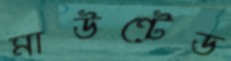
মাউন্টেড